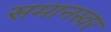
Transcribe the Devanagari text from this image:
समानस्वर